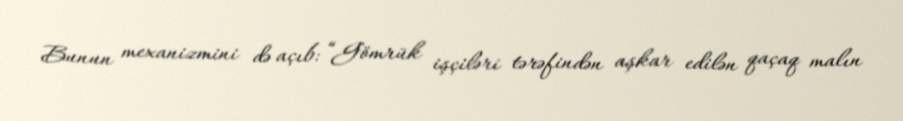
Bunun mexanizmini də açıb: “Gömrük işçiləri tərəfindən aşkar edilən qaçaq malın